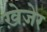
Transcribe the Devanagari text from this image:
ख़ेज़ेर